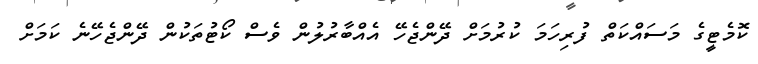
ކޮމެޓީގެ މަސައްކަތް ފުރިހަމަ ކުރުމަށް ދޭންޖެހޭ އެއްބާރުލުން ވެސް ކޯޓުތަކުން ދޭންޖެހޭނެ ކަމަށް